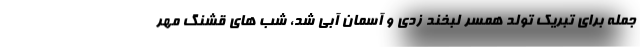
جمله برای تبریک تولد همسر لبخند زدی و آسمان آبی شد، شب های قشنگ مهر